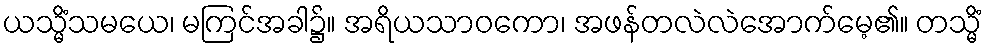
ယသ္မိံသမယေ၊ မကြင်အခါ၌။ အရိယသာဝကော၊ အဖန်တလဲလဲအောက်မေ့၏။ တသ္မိံ